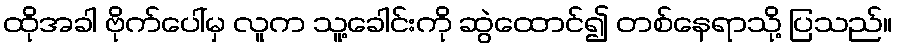
ထိုအခါ ဗိုက်ပေါ်မှ လူက သူ့ခေါင်းကို ဆွဲထောင်၍ တစ်နေရာသို့ ပြသည်။